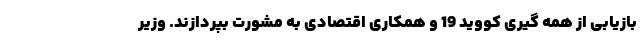
بازیابی از همه گیری کووید 19 و همکاری اقتصادی به مشورت بپردازند. وزیر